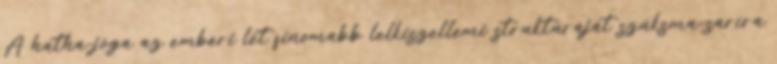
A hatha-jóga az emberi lét finomabb lelkiszellemi struktúráját szúksma-saríra